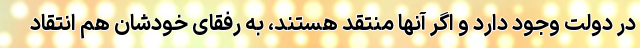
در دولت وجود دارد و اگر آنها منتقد هستند، به رفقای خودشان هم انتقاد